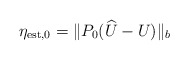
\begin{align*} \eta_{\mathrm{est},0} = \|P_0(\widehat U-U)\|_b\end{align*}